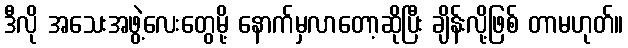
ဒီလို အသေးအဖွဲ့လေးတွေမို့ နောက်မှလာတော့ဆိုပြီး ချိန်းလို့ဖြစ် တာမဟုတ်။